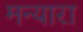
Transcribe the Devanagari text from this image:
मन्यारा